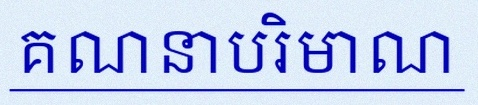
គណនាបរិមាណ